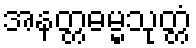
အနတ္တဓမ္မသုတ္တံ